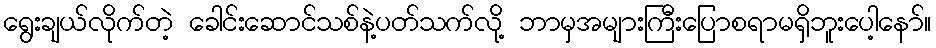
ရွေးချယ်လိုက်တဲ့ ခေါင်းဆောင်သစ်နဲ့ပတ်သက်လို့ ဘာမှအများကြီးပြောစရာမရှိဘူးပေါ့နော်။